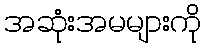
အဆုံးအမများကို